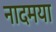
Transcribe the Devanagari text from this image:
नादमया